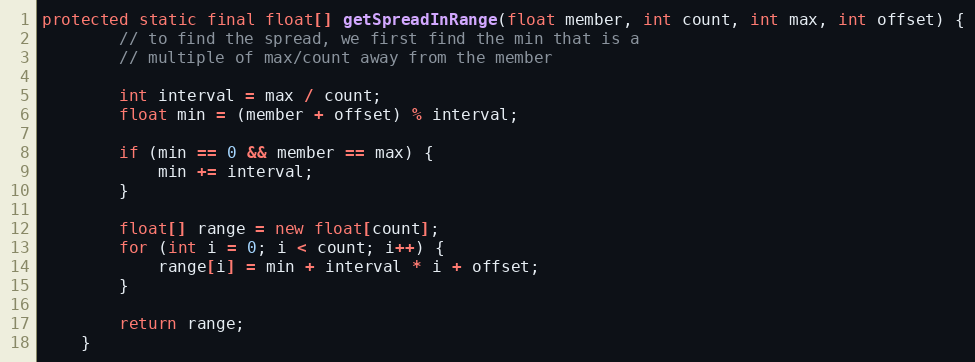
Language: Java
protected static final float[] getSpreadInRange(float member, int count, int max, int offset) {
        // to find the spread, we first find the min that is a
        // multiple of max/count away from the member

        int interval = max / count;
        float min = (member + offset) % interval;

        if (min == 0 && member == max) {
            min += interval;
        }

        float[] range = new float[count];
        for (int i = 0; i < count; i++) {
            range[i] = min + interval * i + offset;
        }

        return range;
    }